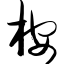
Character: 桉